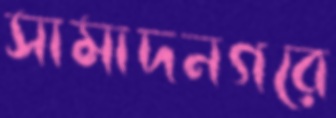
সামাদনগরে